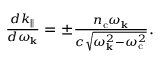
\begin{array} { r } { \frac { d k _ { \parallel } } { d \omega _ { \bf k } } = \pm \frac { n _ { \mathrm { c } } \omega _ { \bf k } } { c \sqrt { \omega _ { \bf k } ^ { 2 } - \omega _ { \mathrm { c } } ^ { 2 } } } . } \end{array}